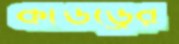
কাউড্রের